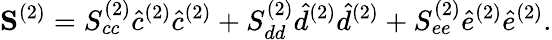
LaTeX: \mathbf{S}^{(2)}=S_{cc}^{(2)}\hat{c}^{(2)}\hat{c}^{(2)}+S_{dd}^{(2)}\hat{d}^{(2)}\hat{d}^{(2)}+S_{ee}^{(2)}\hat{e}^{(2)}\hat{e}^{(2)}.